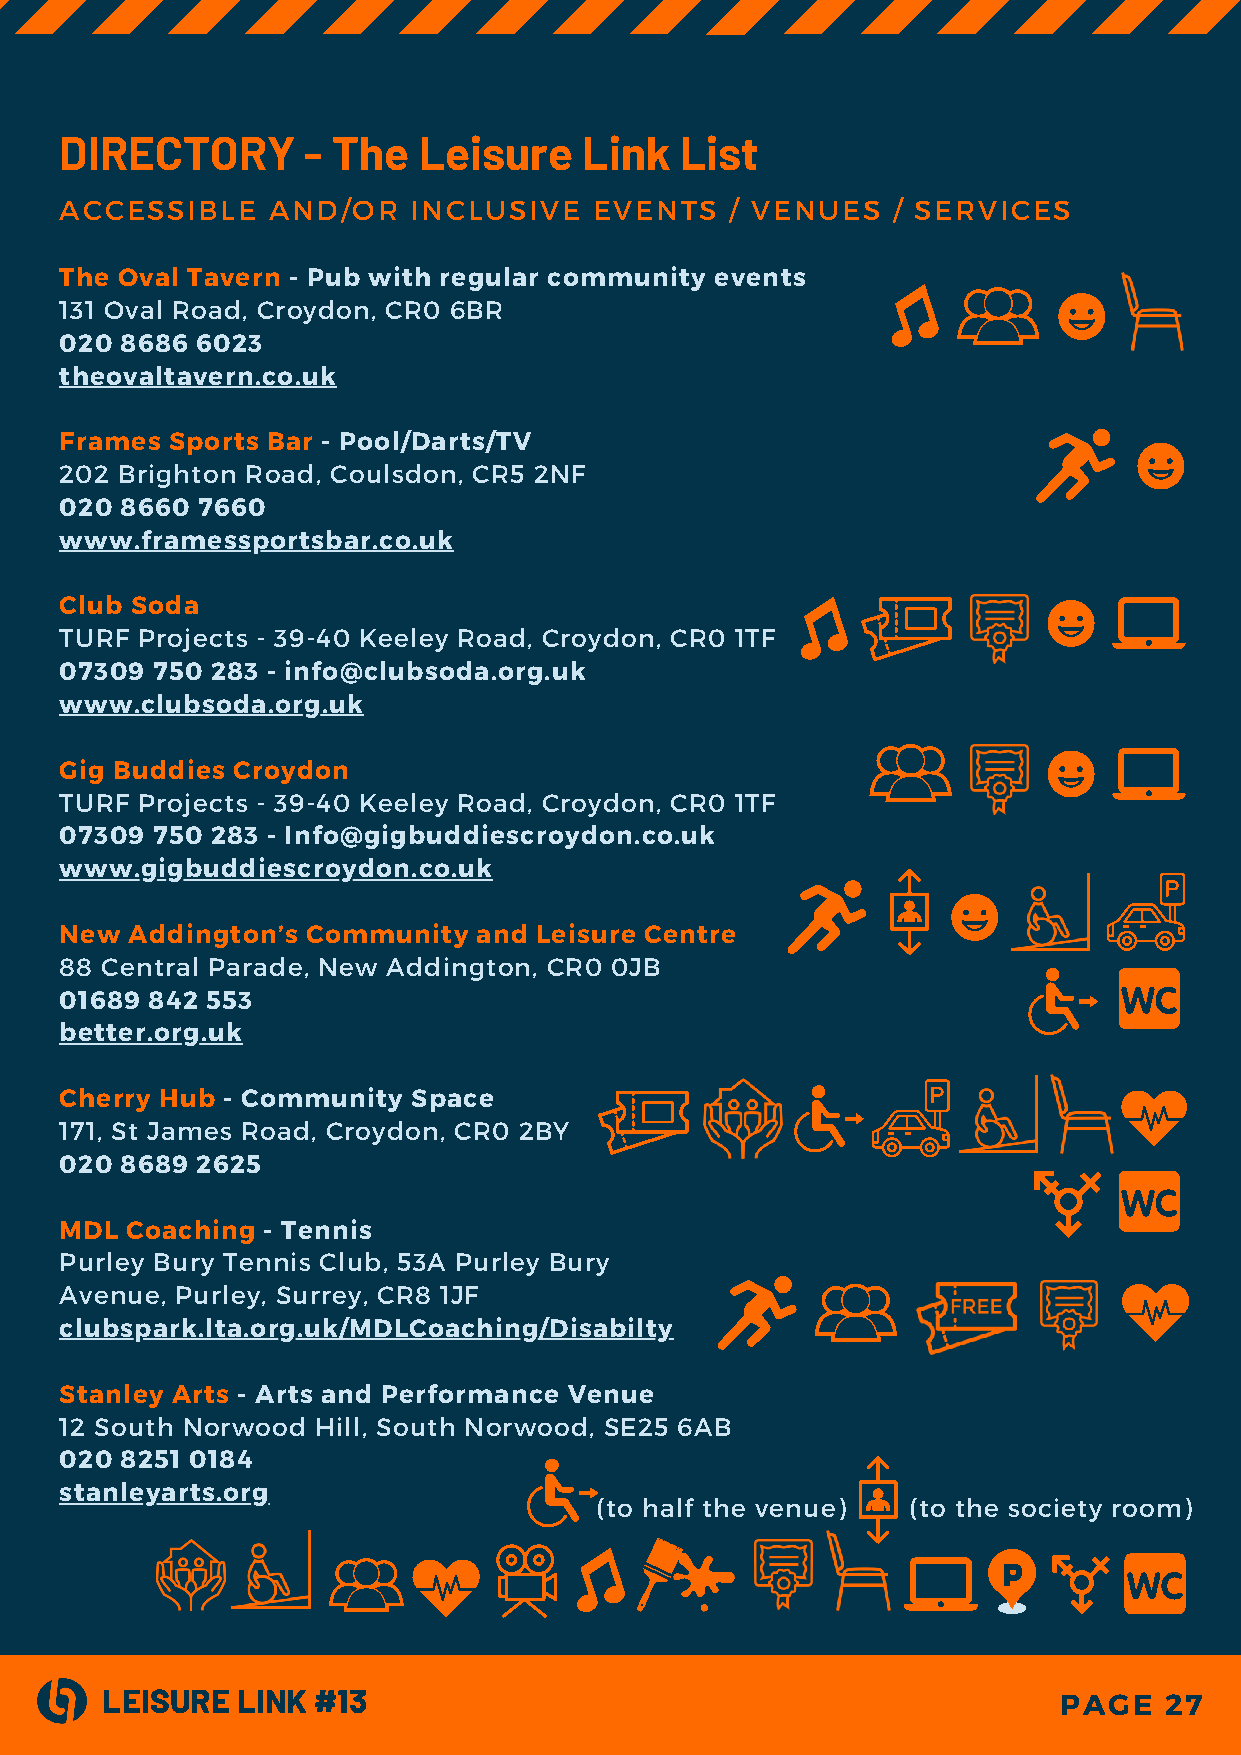
DIRECTORY       - The   Leisure    Link  List
 ACCESSIBLE    AND/OR   INCLUSIVE   EVENTS   / VENUES   / SERVICES
 The Oval Tavern - Pub with regular community events
 131 Oval Road, Croydon, CR0 6BR
 020 8686 6023
 theovaltavern.co.uk
 Frames Sports Bar - Pool/Darts/TV
 202 Brighton Road, Coulsdon, CR5 2NF
 020 8660 7660
 www.framessportsbar.co.uk
 Club Soda
 TURF Projects - 39-40 Keeley Road, Croydon, CR0 1TF
 07309 750 283 - info@clubsoda.org.uk
 www.clubsoda.org.uk
 Gig Buddies Croydon
 TURF Projects - 39-40 Keeley Road, Croydon, CR0 1TF
 07309 750 283 - Info@gigbuddiescroydon.co.uk
 www.gigbuddiescroydon.co.uk
 New  Addington’s Community  and Leisure Centre
 88 Central Parade, New Addington, CR0 0JB
 01689 842 553
 better.org.uk
 Cherry Hub - Community Space
 171, St James Road, Croydon, CR0 2BY
 020 8689 2625
 MDL Coaching - Tennis
 Purley Bury Tennis Club, 53A Purley Bury
 Avenue, Purley, Surrey, CR8 1JF
 clubspark.lta.org.uk/MDLCoaching/Disabilty
 Stanley Arts - Arts and Performance Venue
 12 South Norwood Hill, South Norwood, SE25 6AB
 020 8251 0184
 stanleyarts.org
 (to half the venue)  (to the society room)
 LEISURE  LINK #13                                              PAGE   27